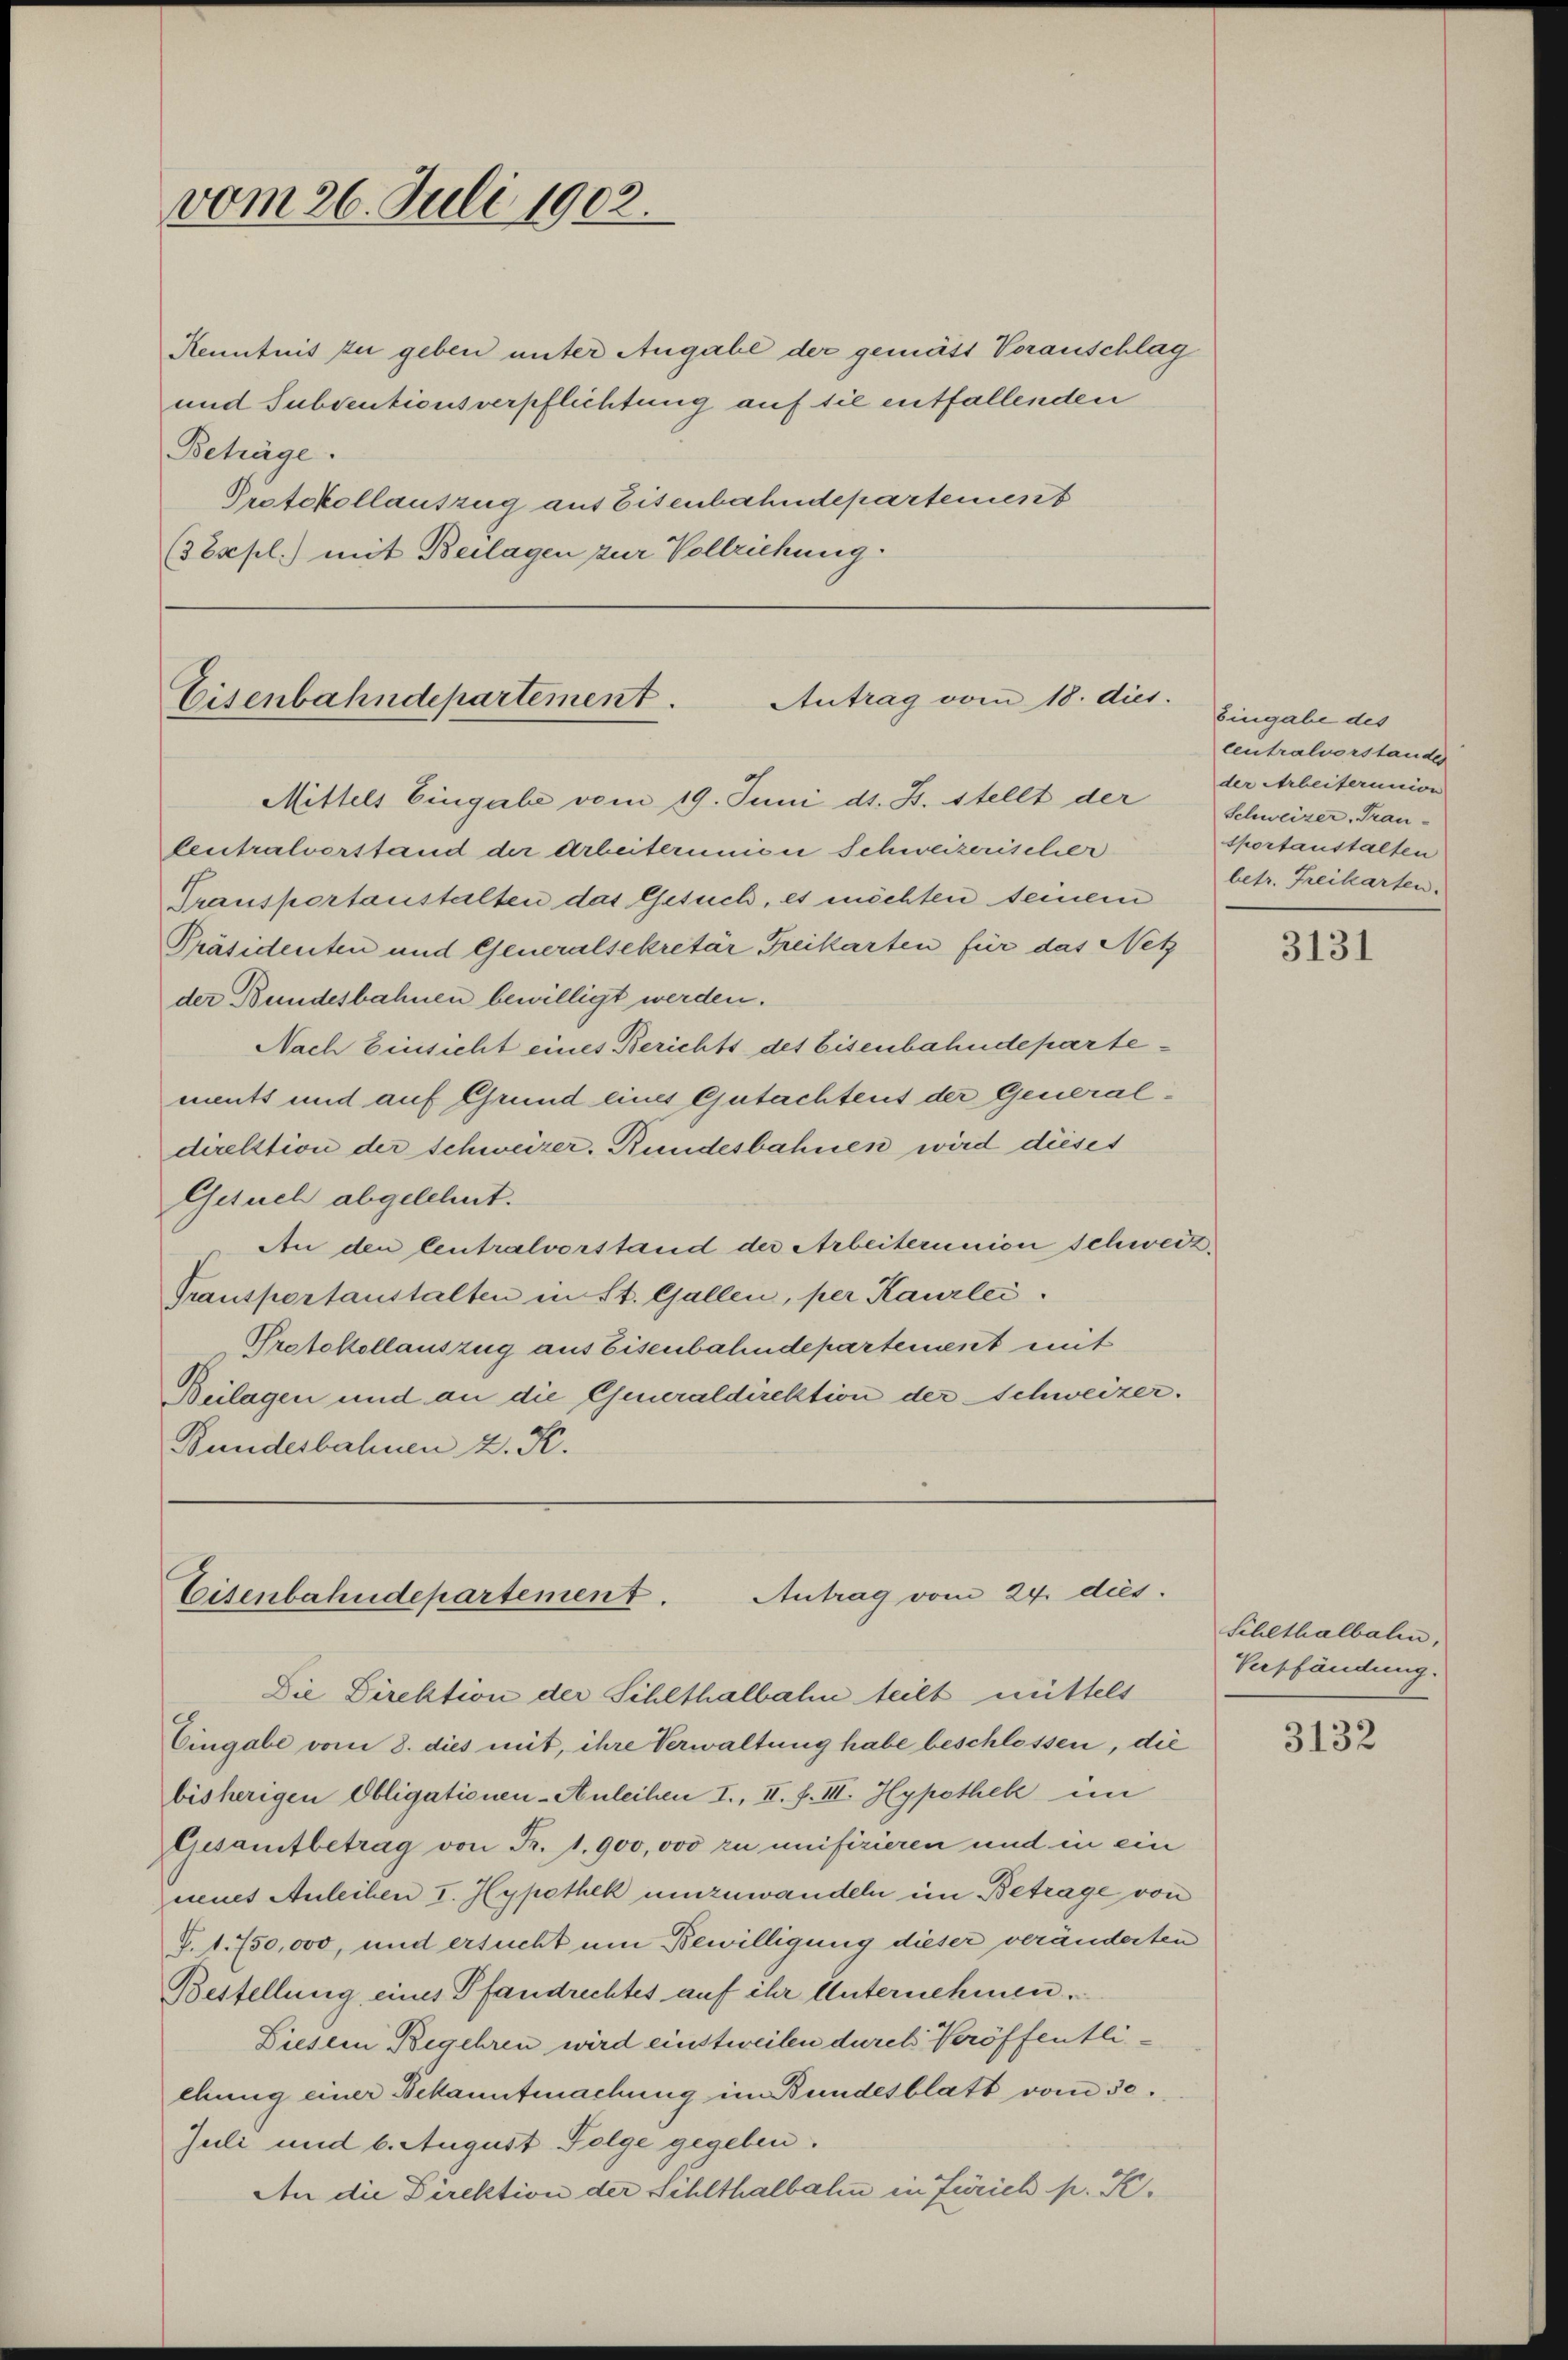
vom 26. Juli 1902.

Kenntnis zu geben unter Angabe der gemäss Voranschlag
und Subsentionsverpflichtung auf sie entfallenden
Beträge.
Protokollauszug aus Eisenbahndepartement
(3Expl.) mit Beilagen zur Vollziehung.

Antrag vom 18. dies.
Eisenbahndepartement.
Mittels Eingabe vom 19. Juni d. J. stellt der

tentralverstand der Arbeiterunion Schweizerischer
Transportanstalten das Gesuch, es möchten seinem
Präsidenten und Generalsekretär Freikarten für das Netz
der Bundesbahnen bewilligt werden.
Nach Einsicht eines Berichts des Eisenbahndepartements und auf Grund eines Gutachtent der Generaldirektion der schweizer. Bundesbahnen wird dieses
Gesuch abgelehnt.
An den Centralvorstand der Arbeiterunion schweiz.
Transportanstalten in St. Gallen, per Kaurlei
Protokollauszug aus Eisenbahndepartement mit
Beilagen und an die Generaldirektion der Schweizer.
Bundesbahnen 2. K.

Antrag vom 24. dies
Eisenbahndepartement.
Die Direktion der Schlthalbahn teilt mittels

Eingabe des
centralvorstandes
der Arbeiterunion
Schweizer Trau-
sportanstalten
betr. Freikarten.

Eingabe vom 8. dies mit, ihre Verwaltung habe beschlossen, die
bisherigen Obligationen-Anleihen I., II. f. III. Hypothek im
Gesamtbetrag von Fr. 1. 900,000 zu unifizieren und in ein
neues Anleihen I. Hypothek umzuwandeln im Betrage von
T. 1. 750,000, und ersucht um Bewilligung dieser veränderten
Bestellung eines Pfandrechtes auf ihr Unternehmen.
Diesem Begehren wird einstweilen durch Veröffentliehung einer Bekanntmachung in Bundesblatt vom 30.
Juli und 6. August Folge gegeben.
An die Direktion der Schlthalbahn in Zürich p. K.

3131

Schlthalbalen,
Verpfändung.

3132